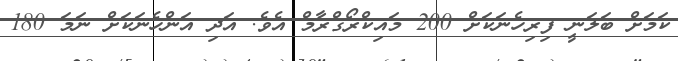
ކަމަށް ބަލަނީ ފިރިހެނަކަށް 200 މައިކްރޯގްރާމް އެވެ. އަދި އަންހެނަކަށް ނަމަ 180